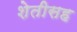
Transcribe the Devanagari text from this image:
शेतीसह